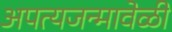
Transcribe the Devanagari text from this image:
अपत्यजन्मावेळी